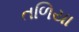
તળિયા